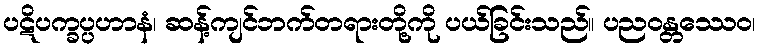
ပဋိပက္ခပ္ပဟာနံ၊ ဆန့်ကျင်ဘက်တရားတို့ကို ပယ်ခြင်းသည်။ ပညဝန္တဿေဝ၊